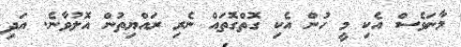
މާނަވެސް އެކި މީ ހުން އެކި ގޮތްގޮތައް ނެރި ރައްޔިތުން އޮލުވާނެ. އަދި